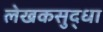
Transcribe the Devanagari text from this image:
लेखकसुद्धा